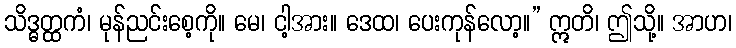
သိဒ္ဓတ္ထကံ၊ မုန်ညင်းစေ့ကို။ မေ၊ ငါ့အား။ ဒေထ၊ ပေးကုန်လော့။” ဣတိ၊ ဤသို့။ အာဟ၊